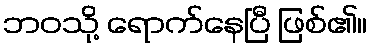
ဘဝသို့ ရောက်နေပြီ ဖြစ်၏။